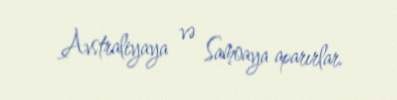
Avstraliyaya və Samoaya aparırlar.